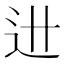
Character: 𰺯